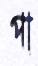
পা